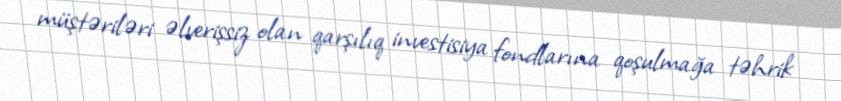
müştəriləri əlverişsiz olan qarşılıq investisiya fondlarına qoşulmağa təhrik